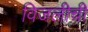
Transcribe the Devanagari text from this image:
विजलीची